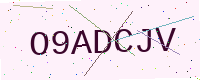
Text: O9ADCJV